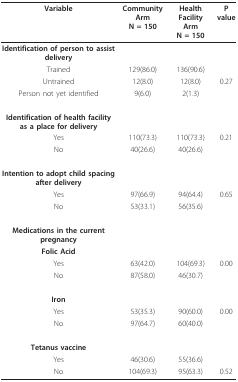
| Variable | Community ArmN = 150 | Health Facility ArmN = 150 | P value |
 | --- | --- | --- | --- |
 | Identification of person to assist delivery |  |  |  |
 | Trained | 129(86.0) | 136(90.6) |  |
 | Untrained | 12(8.0) | 12(8.0) | 0.27 |
 | Person not yet identified | 9(6.0) | 2(1.3) |  |
 | Identification of health facility as a place for delivery |  |  |  |
 | Yes | 110(73.3) | 110(73.3) | 0.21 |
 | No | 40(26.6) | 40(26.6) |  |
 | Intention to adopt child spacing after delivery |  |  |  |
 | Yes | 97(66.9) | 94(64.4) | 0.65 |
 | No | 53(33.1) | 56(35.6) |  |
 | Medications in the current pregnancy |  |  |  |
 | Folic Acid |  |  |  |
 | Yes | 63(42.0) | 104(69.3) | 0.00 |
 | No | 87(58.0) | 46(30.7) |  |
 | Iron |  |  |  |
 | Yes | 53(35.3) | 90(60.0) | 0.00 |
 | No | 97(64.7) | 60(40.0) |  |
 | Tetanus vaccine |  |  |  |
 | Yes | 46(30.6) | 55(36.6) |  |
 | No | 104(69.3) | 95(63.3) | 0.52 |